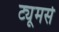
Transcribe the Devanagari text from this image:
ट्यूमर्स